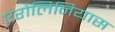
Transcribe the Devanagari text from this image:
एरोलिनियास